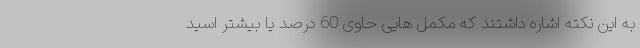
به این نکته اشاره داشتند که مکمل هایی حاوی 60 درصد یا بیشتر اسید